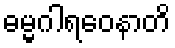
ဓမ္မဂါရဝေနာတိ